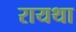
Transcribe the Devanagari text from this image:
रायथा